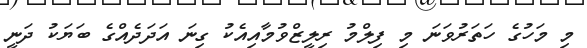
މި މަހުގެ ހަތަރުވަނަ މި ފިލްމު ރިލީޒްވުމާއިއެކު ގިނަ އަދަދެއްގެ ބަޔަކު ދަނީ